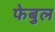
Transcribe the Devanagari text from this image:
फेबुल